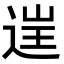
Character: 𨓏